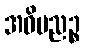
အဓိပညဉ္စ